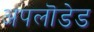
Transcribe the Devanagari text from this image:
अपलॊडेड